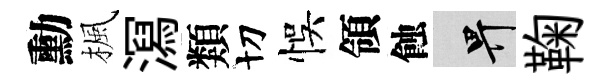
勳楓㵼類切悞領蝕畀鞠